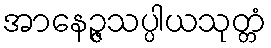
အာနေဉ္ဇသပ္ပါယသုတ္တံ